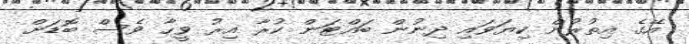
އޭގެ އިތުރުން ކިޔަވައި ދިނުން ބައްޓަން ކުރާ އިރު ވީހާ ވެސް ބޮޑަށް